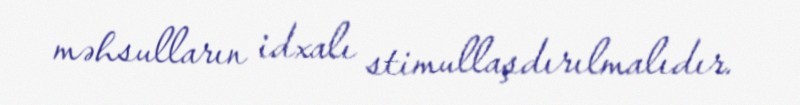
məhsulların idxalı stimullaşdırılmalıdır.